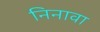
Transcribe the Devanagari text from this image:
निनावा